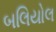
બલિયોલ